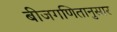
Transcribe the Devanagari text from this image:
बीजगणितानुसार